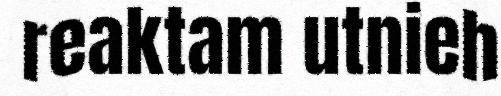
reaktam utnieh